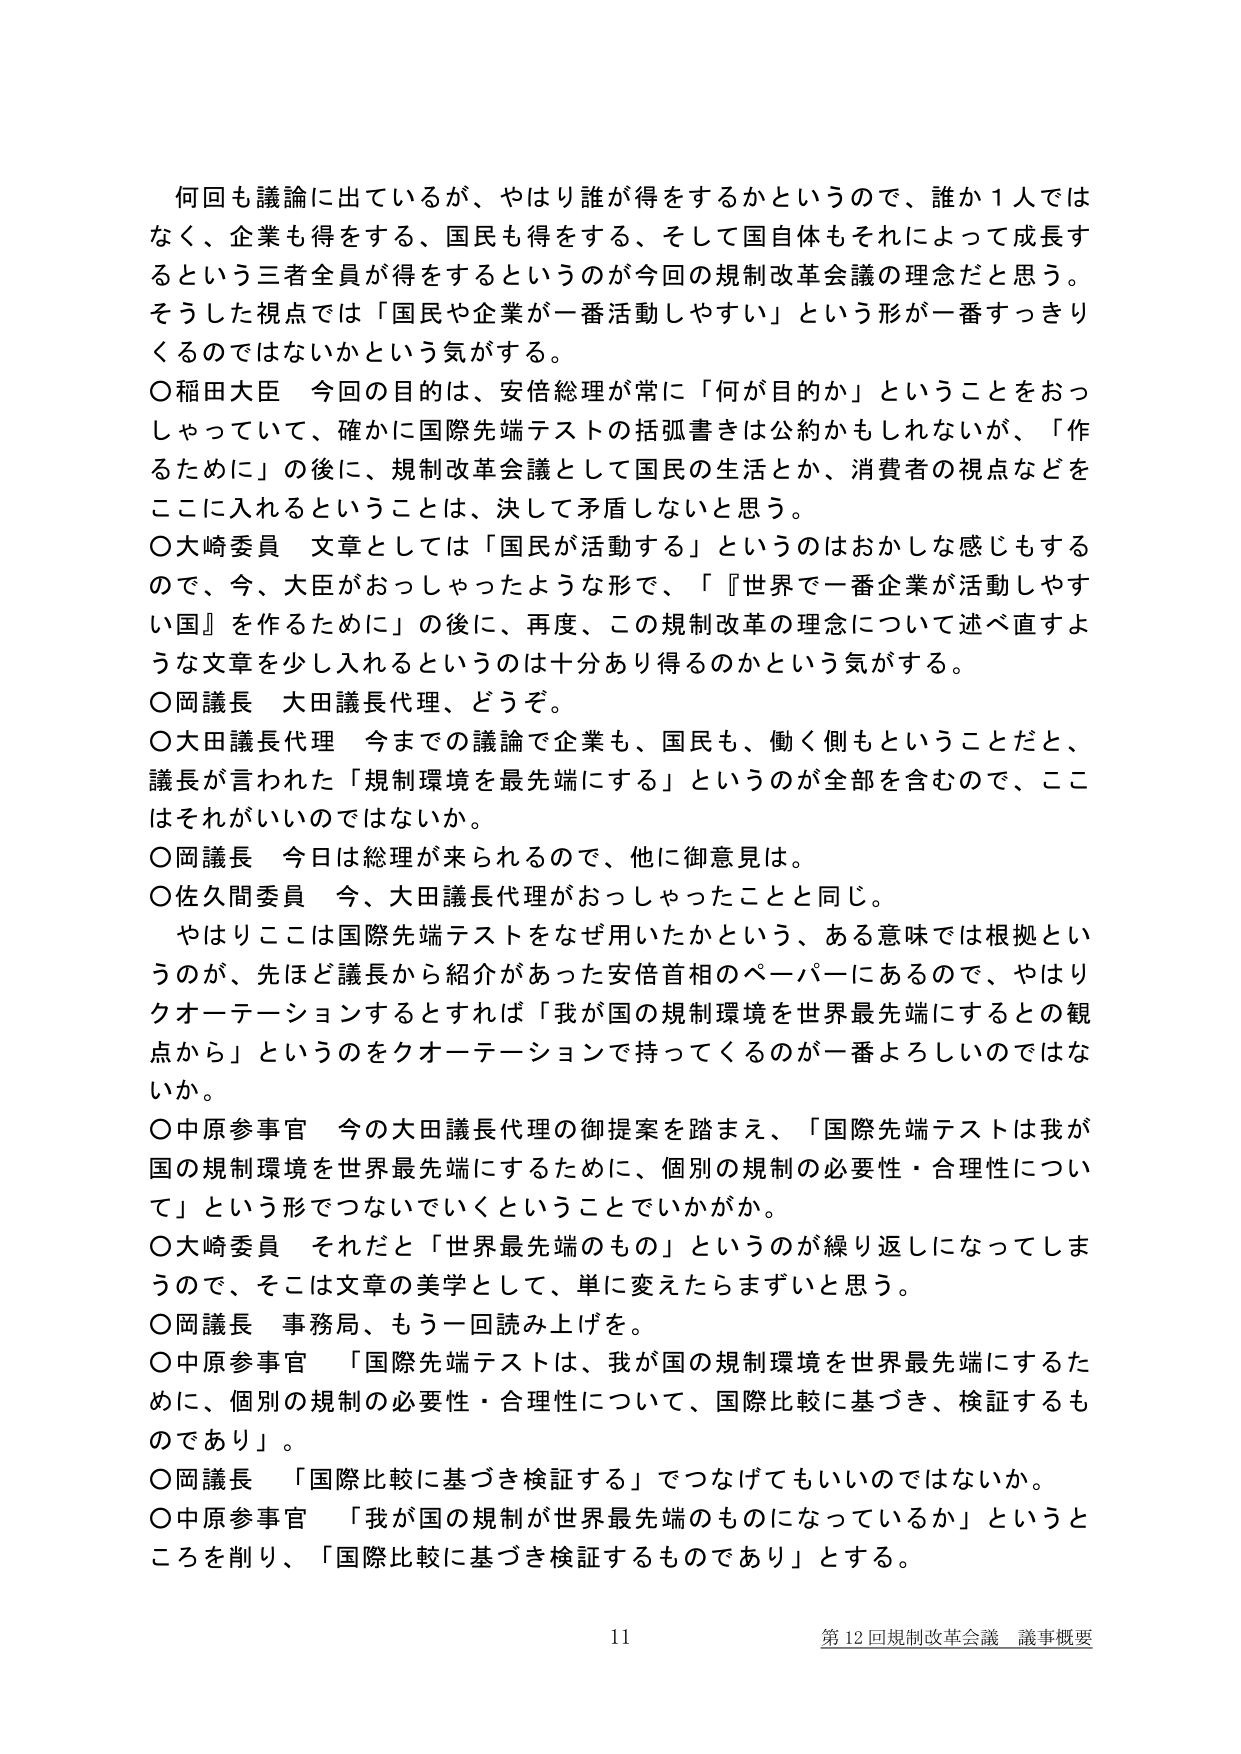
何回も議論に出てるが、やはり誰が得をするかというので、誰か１人ではなく、企業も得をする、国民も得をする、そして国自体もそれによって成長するという三者全員が得をするというのが今回の規制改革会議の理念だと思う。そうした視点では「国民や企業が一番活動しやすい」という形が一番すっきりくるのではないかという気がする。

○稲田大臣　今回の目的は、安倍総理が常に「何が目的か」ということをおっしゃっていて、確かに国際先端テストの括弧書きは公約かもしれないが、「作るため」の後に、規制改革会議として国民の生活とか、消費者の視点などをここに入れるということは、決して矛盾しないと思う。

○大崎委員　文章としては「国民が活動する」というのはおかしな感じもするので、今、大臣がおっしゃったような形で、「『世界で一番企業が活動しやすい国』を作るために」の後に、再度、この規制改革の理念について述べ直すような文章を少し入れるというのは十分あり得るのかという気がする。

○岡議長　大田議長代理、どうぞ。

○大田議長代理　今までの議論で企業も、国民も、働く側もということだと、議長が言われた「規制環境を最先端にする」というのが全部を含むので、ここはそれがいいのではないか。

○岡議長　今日は総理が来られるので、他に御意見は。

○佐久間委員　今、大田議長代理がおっしゃったことと同じ。やはりここは国際先端テストをなぜ用いたかという、ある意味では根拠というのが、先ほど議長から紹介があった安倍首相のペーパーにあるので、やはりクオーテーションするとすれば「我が国の規制環境を世界最先端にするとの観点から」というのをクオーテーションで持ってくるのが一番よろしいのではないか。

○中原参事官　今の大田議長代理の御提案を踏まえ、「国際先端テストは我が国の規制環境を世界最先端にするために、個別の規制の必要性・合理性について」という形でつないでいくということでしょうか。

○大崎委員　それだと「世界最先端のもの」というのが繰り返しになってしまうので、そこは文章の美学として、単に変えたらまずいと思う。

○岡議長　事務局、もう一回読み上げを。

○中原参事官　「国際先端テストは、我が国の規制環境を世界最先端にするために、個別の規制の必要性・合理性について、国際比較に基づき、検証するものであり」。

○岡議長　「国際比較に基づき検証する」でつなげてもいいのではないか。

○中原参事官　「我が国の規制が世界最先端のものになっているか」というところを削り、「国際比較に基づき検証するものであり」とする。

11　第12回規制改革会議 議事概要